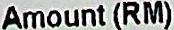
AMOUNT (RM)